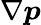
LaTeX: \nabla\boldsymbol{p}